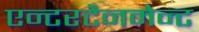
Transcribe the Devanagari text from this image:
एन्टरटैनमेन्ट